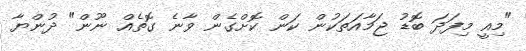
"މިއީ މިފަދަ ބޮޑު ޖަމާއަތަކުން ކަން ކޮށްގެން ވާނެ ގޮތެއް ނޫން" ދުންޔާ